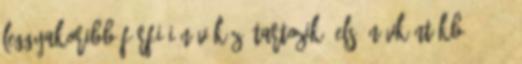
leggyakoribb férfi-i név közé tartozik. Első névként kb 2.451%